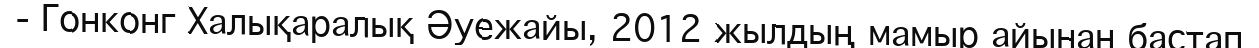
- Гонконг Халықаралық Әуежайы, 2012 жылдың мамыр айынан бастап